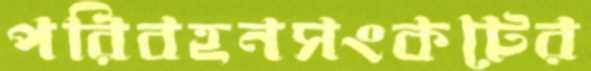
পরিবহনসংকটের